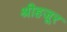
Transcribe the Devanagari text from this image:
श्रीहजूर